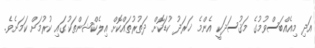
އަދި މިއެއްބަސްވުމުގެ މަޤުސަދަކީ އެންމެ ޚަރަދު ކުޑަކޮށް ދަތުރުތައްކޮށް އިލެކްޝަންތަކުގައި ކުރުމަށް ކަމަށެވެ.